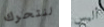
لنتحرك أليس